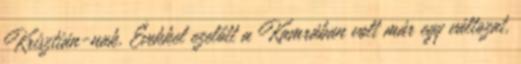
Krisztián-nak. Évekkel ezelőtt a Kamrában volt már egy változat,